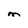
Character: M